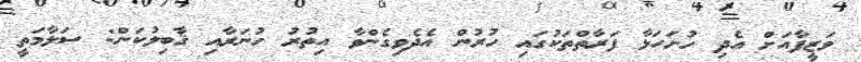
ވަޒީފާއަށް އެދި ހުށަހަޅާ ފަރާތްތަކުގައި ހުރުން އެދެވިގެންވާ އިތުރު ހުނަރާއި ޤާބިލުކަން: ސަލާމަތީ